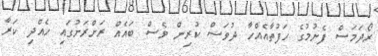
ރޯދަމަސް ފެށުމުގެ ހަފުތާއެއްހާ ދުވަސް ކުރިން ވެސް ބައެއް ރަށްރަށުގައި ހެއްދި ކަރާ